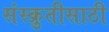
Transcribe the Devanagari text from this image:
संस्क्रुतीसाठी